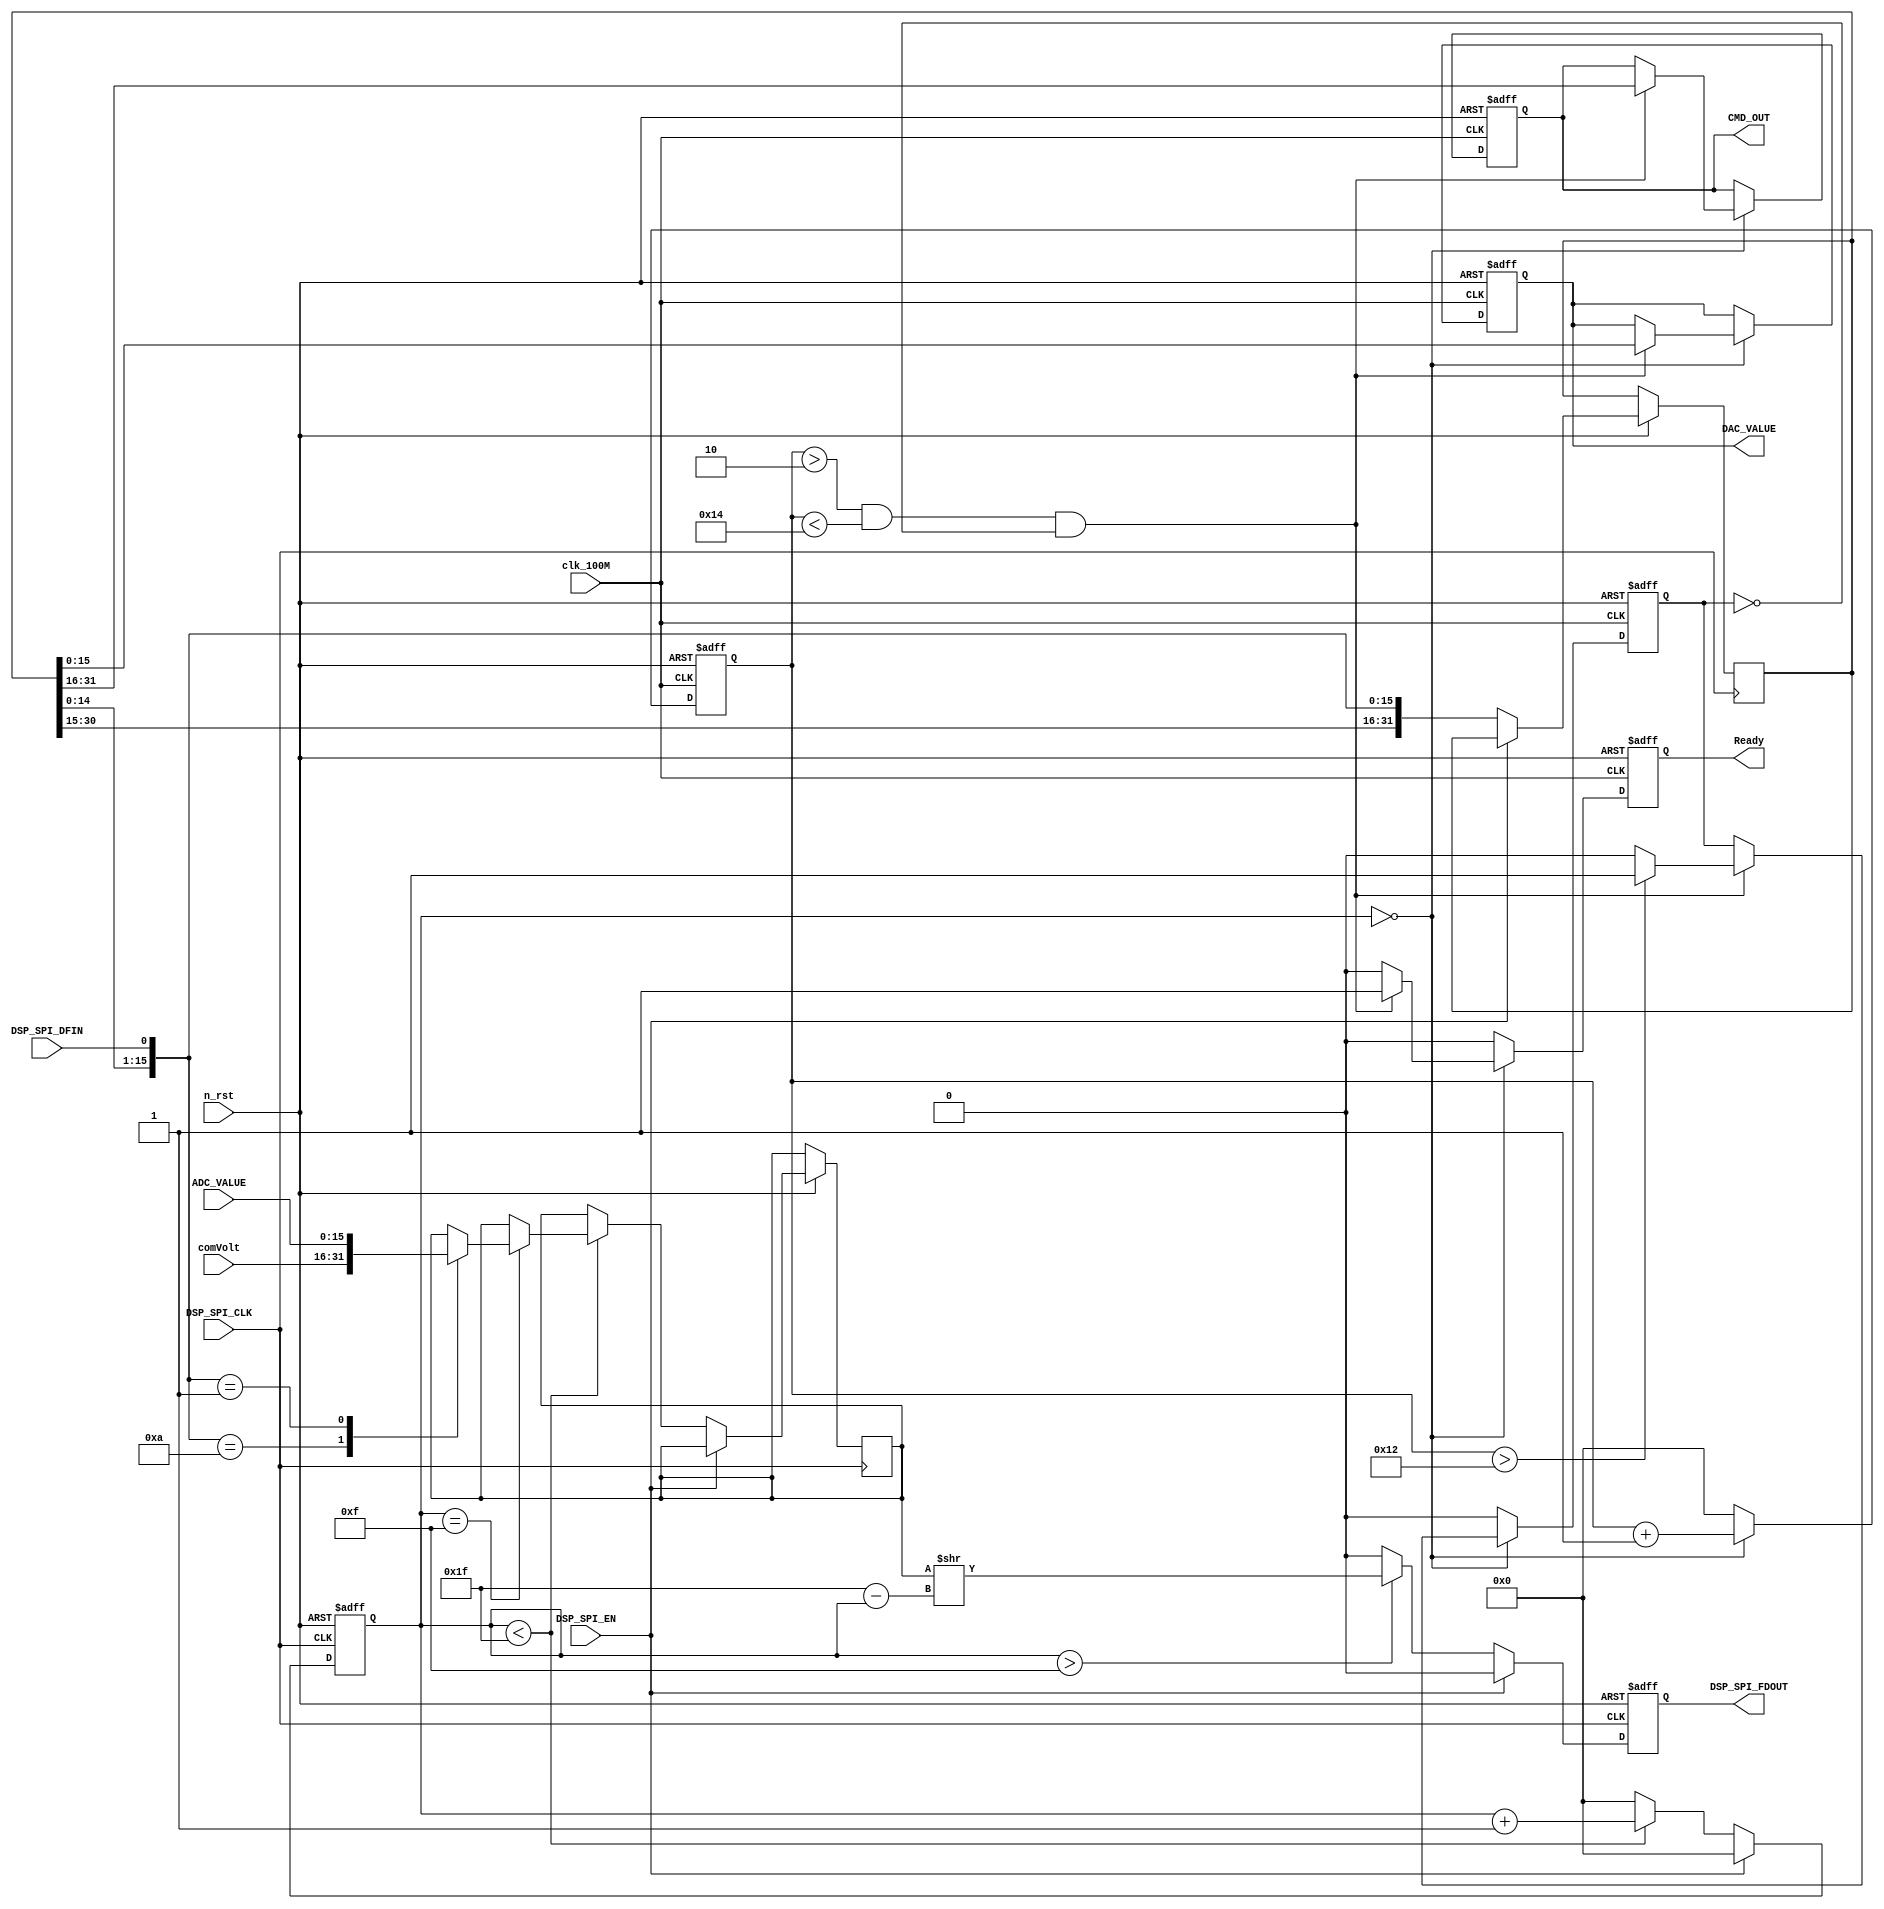
/*
##############################################
#        
##############################################
20180530
1. DSP_SPI_EN 
*/

module D_F_SPI(input clk_100M,input n_rst,input DSP_SPI_EN,input DSP_SPI_CLK,input DSP_SPI_DFIN,input [15:0] ADC_VALUE,input [15:0] comVolt,output reg Ready,output reg[15:0] CMD_OUT,output reg[15:0] DAC_VALUE,output reg DSP_SPI_FDOUT);

reg[4:0] SPICNT;						//MAX is 32 bit
reg[4:0] ReadyValidCNT;
reg ReadyStatusLocked;
reg[31:0] frameGet;
reg[1:0] StateMSPI;
reg[15:0] UP_LOCKED;
reg posFlag;

always@(negedge DSP_SPI_CLK or negedge n_rst)//pos update ADC data
begin
	if(!n_rst)
		begin
			SPICNT	<= 5'd0;
		end
	else
		begin
			if(DSP_SPI_EN == 1'd0)
				begin
					if(SPICNT < 5'd31)
						begin
							if(SPICNT == 5'd15)
							begin
								case({frameGet[14:0],DSP_SPI_DFIN})
									16'd10:UP_LOCKED[15:0] <= comVolt[15:0];
									16'd1 :UP_LOCKED[15:0] <= ADC_VALUE[15:0];
									default:;
								endcase	
							end
							
							SPICNT	<= SPICNT + 5'd1;
							frameGet[31:0] <= {frameGet[30:0],DSP_SPI_DFIN};
						end
					else
						begin
							SPICNT	<= 5'd0;
							frameGet[31:0] <= {frameGet[30:0],DSP_SPI_DFIN};
						end
				end
			else
				begin
					SPICNT	<= 5'd0;
				end
		end
end

always@(posedge DSP_SPI_CLK or negedge n_rst)//pos update ADC data
begin
	if(!n_rst)
		begin
			DSP_SPI_FDOUT <= 1'd0;
		end
	else
		begin
			if(DSP_SPI_EN == 1'd0)
				if(SPICNT > 5'd15)
					begin
						DSP_SPI_FDOUT <= (UP_LOCKED>>(5'd31 - SPICNT));
					end
				else
					begin
						DSP_SPI_FDOUT <= 1'd0; 
					end
			else
				begin
					DSP_SPI_FDOUT <= 1'd0;
				end
		end
end

always@(posedge clk_100M or negedge n_rst)
begin
	if(!n_rst)
		begin
			Ready	<= 1'd0;
			CMD_OUT[15:0] <= 16'd0;
			DAC_VALUE[15:0] <= 16'd0;	
			ReadyValidCNT <= 5'd0;
			ReadyStatusLocked <= 1'd0;
		end
	else
		begin
			if(SPICNT == 5'd0)
				begin
				if((ReadyValidCNT > 5'd2)&&(ReadyValidCNT < 5'd20)&&(ReadyStatusLocked == 1'd0))
					begin
						ReadyValidCNT <= ReadyValidCNT + 5'd1;
						Ready	<= 1'd1;
						CMD_OUT[15:0] <= frameGet[31:16];
						DAC_VALUE[15:0] <= frameGet[15:0];
						
						if(ReadyValidCNT > 5'd18)
							begin
								ReadyStatusLocked <= 1'd1;
							end
						else
							begin
								ReadyStatusLocked <= 1'd0;
							end
					end
				else
					begin
						Ready <= 1'd0;
						ReadyValidCNT <= ReadyValidCNT + 5'd1;
					end
				end
			else
				begin
					Ready <= 1'd0;
					ReadyValidCNT <= 5'd0;
					ReadyStatusLocked <= 1'd0;
				end
		end
end

endmodule